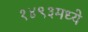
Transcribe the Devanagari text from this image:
१४९३मध्ये